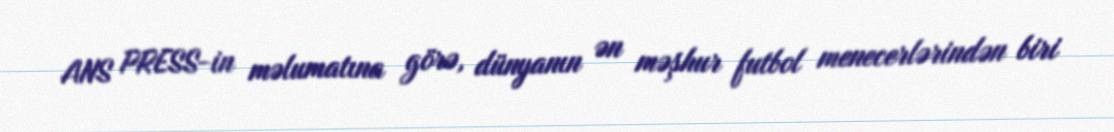
ANS PRESS-in məlumatına görə, dünyanın ən məşhur futbol menecerlərindən biri